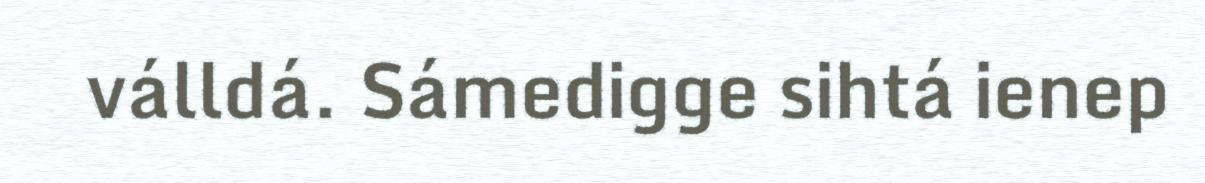
válldá. Sámedigge sihtá ienep